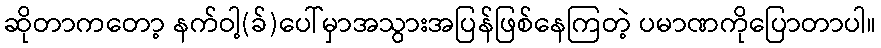
ဆိုတာကတော့ နက်ဝါ့(ခ်)ပေါ်မှာအသွားအပြန်ဖြစ်နေကြတဲ့ ပမာဏကိုပြောတာပါ။